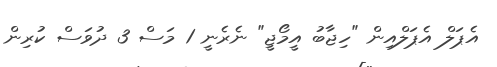
އެޕަލް އެޕަލްއިން "ހިޖާބު އީމޯޖީ" ނެރެނީ 1 މަސް 3 ދުވަސް ކުރިން